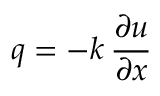
q = - k \, { \frac { \partial u } { \partial x } }